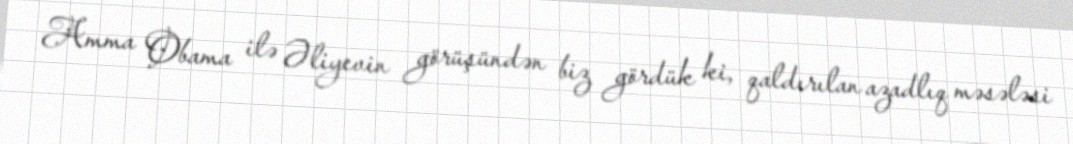
Amma Obama ilə Əliyevin görüşündən biz gördük ki, qaldırılan azadlıq məsələsi